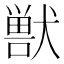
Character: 獣